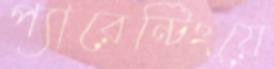
প্যারেন্টিংয়ে